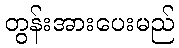
တွန်းအားပေးမည်